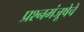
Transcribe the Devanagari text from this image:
प्रश्नमंजूषेचे